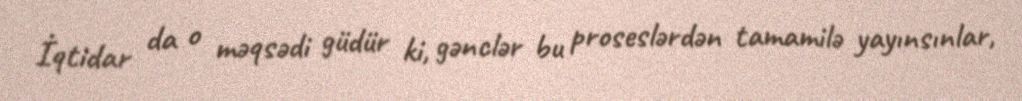
İqtidar da o məqsədi güdür ki, gənclər bu proseslərdən tamamilə yayınsınlar,